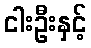
ငါးဦးနှင့်